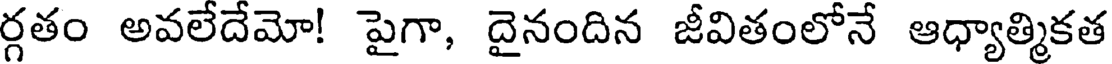
ర్గతం అవలేదేమో! పైగా, దైనందిన జీవితంలోనే ఆధ్యాత్మికత